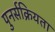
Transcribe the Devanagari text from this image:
पुनर्सक्रियता